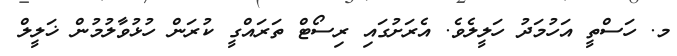
މ. ހަސްތީ އަހުމަދު ހަލީލެވެ. އެރަށުގައި ރިސޯޓް ތަރައްގީ ކުރަން ހުޅުވާލުމުން ޚަލީލް